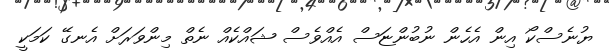
ޔުނެސްކޯ އިން އެހެން ނުބުންޏަސް އެއްވެސް ޝައްކެއް ނެތް މިންވަރަށް އެނގޭ ކަމަކީ